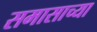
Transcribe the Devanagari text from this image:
समासाच्या